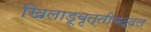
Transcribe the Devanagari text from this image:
खिलाडूवृत्तीबद्दल